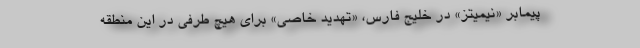
پیمابر «نیمیتز» در خلیج فارس، «تهدید خاصی» برای هیچ طرفی در این منطقه